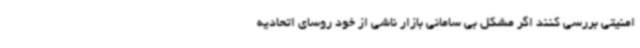
امنیتی بررسی کنند اگر مشکل بی سامانی بازار ناشی از خود روسای اتحادیه